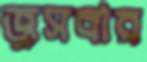
জুসবার